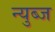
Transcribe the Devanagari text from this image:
न्युब्ज